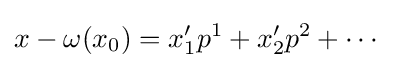
x-\omega (x_{0})=x'_{1}p^{1}+x'_{2}p^{2}+\cdots